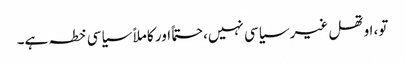
تو، اوتھل غیر سیاسی نہیں، حتماً اور کاملاً سیاسی خطہ ہے۔